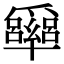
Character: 𠧏